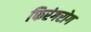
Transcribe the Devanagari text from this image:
फिरंगरोग